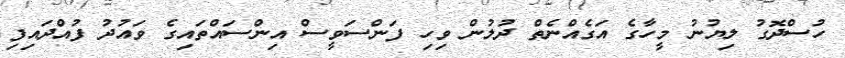
ހުސްދޮގު ލިޔުނު މީހާގެ އަގެއްނެތް ދުލުން ވިހި ފަންސަވީސް އިންސައްތައިގެ ވައުދު ފުއްދައިފި